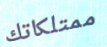
ممتلكاتك